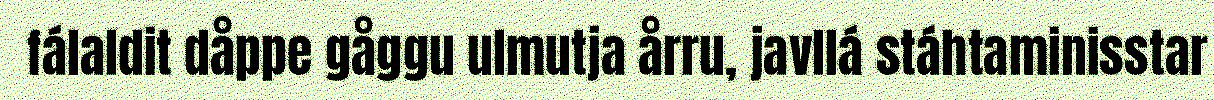
fálaldit dåppe gåggu ulmutja årru, javllá stáhtaminisstar